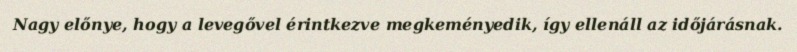
Nagy előnye, hogy a levegővel érintkezve megkeményedik, így ellenáll az időjárásnak.